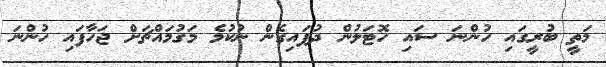
މަތީ ބުރީގައި ހުންނަ ސައި ހޮޓަލުން ދުފައިގެން ނުކުމެ މަގުމައްޗަށް ޖަހާފައި ހުންނަ